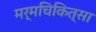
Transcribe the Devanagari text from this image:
मर्मचिकित्सा